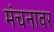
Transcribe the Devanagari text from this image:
मंचनावर